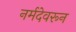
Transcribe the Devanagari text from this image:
नर्मदेवरून